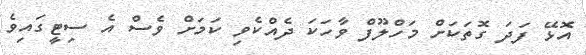
އޮޅޭ ފަދަ ގޮތަަކަށް މަހްލޫފް ވާހަކަ ދެއްކެވި ކަމަށް ވެސް އެ ސިޓީގައިވެ